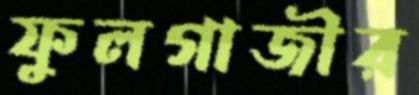
ফুলগাজীর